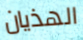
الهذيان